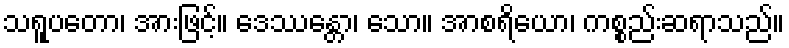
သရူပတော၊ အားဖြင့်။ ဒေဿန္တော၊ သော။ အာစရိယော၊ ကစ္စည်းဆရာသည်။